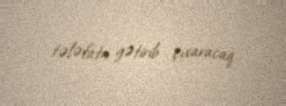
tələfata gətirib çıxaracaq.